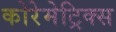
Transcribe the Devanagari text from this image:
कोरेमेट्रिक्स